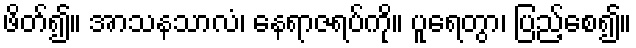
ဖိတ်၍။ အာသနသာလံ၊ နေရာဇရပ်ကို။ ပူရေတွာ၊ ပြည့်စေ၍။